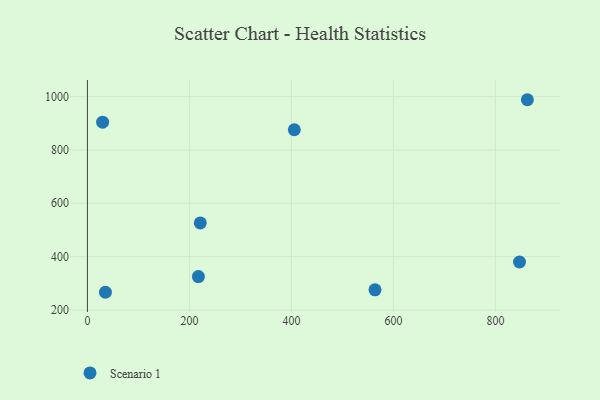
{"axis": {"x": "Study Hours", "y": "Yield"}, "legend": ["Scenario 1"], "data": [{"x": "221.3", "y": 526.3, "type": "Scenario 1"}, {"x": "405.7", "y": 875.7, "type": "Scenario 1"}, {"x": "35.3", "y": 266.3, "type": "Scenario 1"}, {"x": "217.6", "y": 325.3, "type": "Scenario 1"}, {"x": "862.7", "y": 988.3, "type": "Scenario 1"}, {"x": "563.9", "y": 275.4, "type": "Scenario 1"}, {"x": "29.8", "y": 904.0, "type": "Scenario 1"}, {"x": "847.3", "y": 379.9, "type": "Scenario 1"}]}